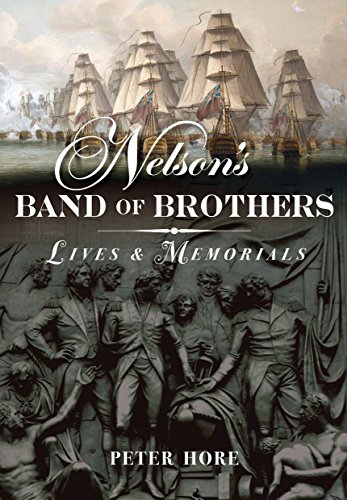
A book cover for Nelson's Band of Brothers: Lives and Memorials; History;